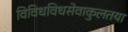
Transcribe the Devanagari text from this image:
विविधविधसेवाकुलतया